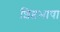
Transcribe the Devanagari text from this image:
शिष्टभाषा